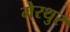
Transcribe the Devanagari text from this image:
मेरथुर